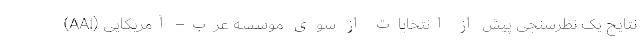
نتایج یک نظرسنجی پیش از انتخابات از سوی موسسه عرب– آمریکایی (AAI)